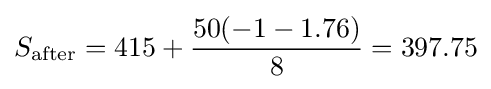
S_{\text{after}}={\text{415}}+{50(-1-1.76) \over 8}=397.75